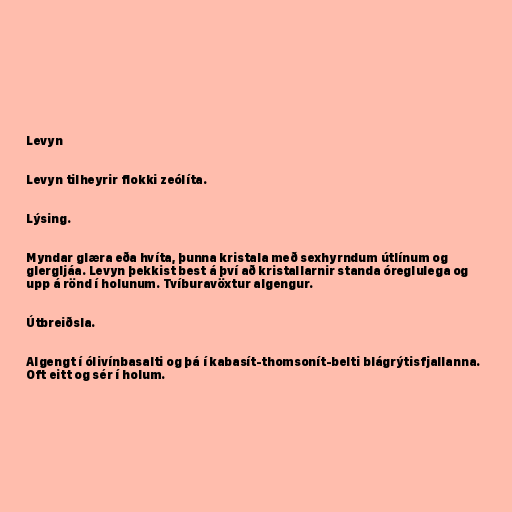
Levyn

Levyn tilheyrir flokki zeólíta.

Lýsing.

Myndar glæra eða hvíta, þunna kristala með sexhyrndum útlínum og
glergljáa. Levyn þekkist best á því að kristallarnir standa óreglulega og
upp á rönd í holunum. Tvíburavöxtur algengur.

Útbreiðsla.

Algengt í ólivínbasalti og þá í kabasít-thomsonít-belti blágrýtisfjallanna.
Oft eitt og sér í holum.